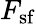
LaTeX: F_{\mathrm{sf}}